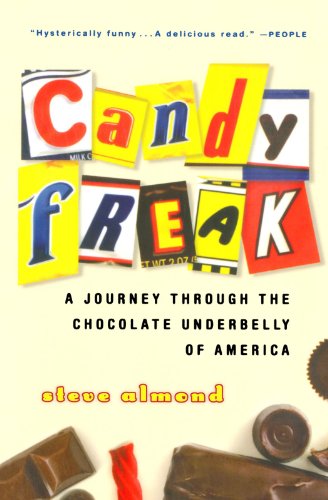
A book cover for Candyfreak: A Journey through the Chocolate Underbelly of America; Steve Almond; Humor & Entertainment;